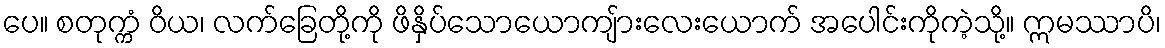
ပေ။ စတုက္ကံ ဝိယ၊ လက်ခြေတို့ကို ဖိနှိပ်သောယောကျ်ားလေးယောက် အပေါင်းကိုကဲ့သို့။ ဣမဿာပိ၊